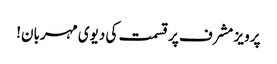
پرویز مشرف پرقسمت کی دیوی مہربان!